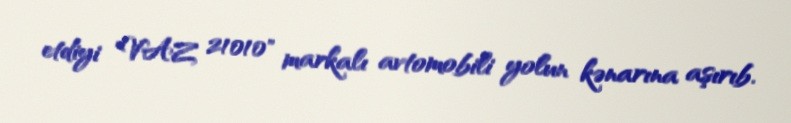
etdiyi "VAZ 21010" markalı avtomobili yolun kənarına aşırıb.